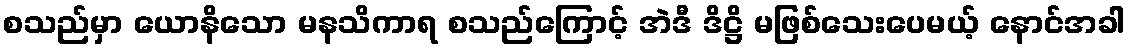
စသည်မှာ ယောနိသော မနသိကာရ စသည်ကြောင့် အဲဒီ ဒိဋ္ဌိ မဖြစ်သေးပေမယ့် နောင်အခါ